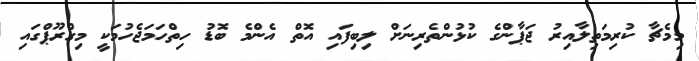
މިމެޗާ ކުރިމަތިލާއިރު ޖަޕާންގެ ކުޅުންތެރިނަށް ލިބިފައި އޮތް އެންމެ ބޮޑު ހިތްހަމަޖެހުމަކީ މިގްރޫޕްގައި